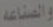
والصناعة